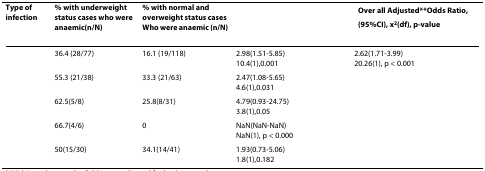
<table><thead><tr><td><b>Type of infection</b></td><td><b>% with underweight status cases who were anaemic(n/N)</b></td><td><b>% with normal and overweight status cases Who were anaemic (n/N)</b></td><td>[EMPTY_CELL]</td><td><b>Over all Adjusted**Odds Ratio,(95%CI), x<sup>2</sup>(df), p-value</b></td></tr></thead><tbody><tr><td>[EMPTY_CELL]</td><td>36.4 (28/77)</td><td>16.1 (19/118)</td><td>2.98(1.51-5.85)10.4(1),0.001</td><td>2.62(1.71-3.99)20.26(1), p &lt; 0.001</td></tr><tr><td>[EMPTY_CELL]</td><td>55.3 (21/38)</td><td>33.3 (21/63)</td><td>2.47(1.08-5.65)4.6(1),0.031</td><td>[EMPTY_CELL]</td></tr><tr><td>[EMPTY_CELL]</td><td>62.5(5/8)</td><td>25.8(8/31)</td><td>4.79(0.93-24.75)3.8(1),0.05</td><td>[EMPTY_CELL]</td></tr><tr><td>[EMPTY_CELL]</td><td>66.7(4/6)</td><td>0</td><td>NaN(NaN-NaN)NaN(1), p &lt; 0.000</td><td>[EMPTY_CELL]</td></tr><tr><td>[EMPTY_CELL]</td><td>50(15/30)</td><td>34.1(14/41)</td><td>1.93(0.73-5.06)1.8(1),0.182</td><td>[EMPTY_CELL]</td></tr></tbody></table>